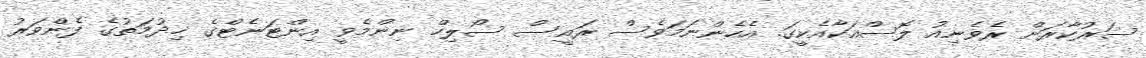
ސަރުކާރަށް ރެވެނިއު ލޮސްއަކާއެކީގަ. އެހެންނަމަވެސް ރައީސް ސޯލިހް ނިންމެވީ އިންޓަނެޓްގެ ޚިދުމަތުގެ ފެންވަރު